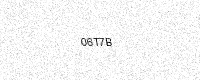
Text: 06T7B